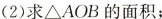
(2)求△AOB的面积；